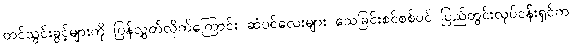
တင်သွင်းခွင့်များကို ပြန်လွှတ်လိုက်ကြောင်း ဆံပင်လေးများ သေခြင်းစင်စစ်ပင် ပြည်တွင်းလုပ်ငန်းရှင်က